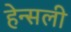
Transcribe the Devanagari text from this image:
हेन्सली